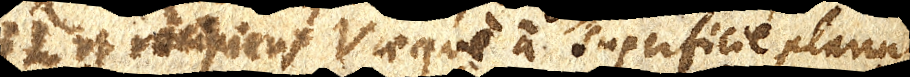
emittens L et recipiens V aeque a superficie plana